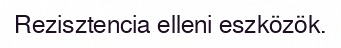
Rezisztencia elleni eszközök.